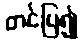
တင်ပြ၍